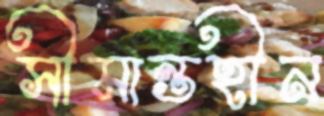
সীমান্তহীন